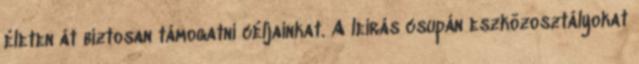
életen át biztosan támogatni céljainkat. A leírás csupán eszközosztályokat